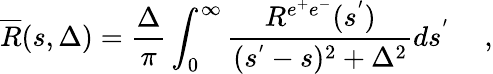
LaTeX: \overline{{{R}}}(s,\Delta)=\frac{\Delta}{\pi}\int_{0}^{\infty}\frac{R^{e^{+}e^{-}}(s^{'})}{(s^{'}-s)^{2}+\Delta^{2}}ds^{'}~~~~~,